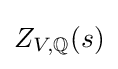
Z_{V\!,\mathbb {Q} }(s)